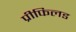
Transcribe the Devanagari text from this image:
प्रीफिलड